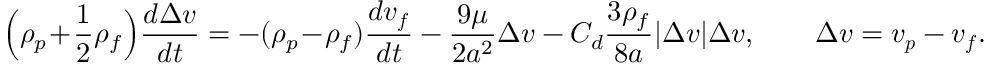
\Bigl ( \rho _ { p } \! + \! \frac { 1 } { 2 } \rho _ { f } \Bigr ) \frac { d \Delta \boldsymbol { v } } { d t } = - ( \rho _ { p } \! - \! \rho _ { f } ) \frac { d \boldsymbol { v _ { f } } } { d t } - \frac { 9 \mu } { 2 a ^ { 2 } } \Delta \boldsymbol { v } - C _ { d } \frac { 3 \rho _ { f } } { 8 a } | \Delta \boldsymbol { v } | \Delta \boldsymbol { v } , \qquad \Delta \boldsymbol { v } = \boldsymbol { v _ { p } } - \boldsymbol { v _ { f } } .